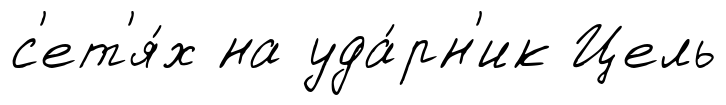
с'ет'я́х на уда́рн'ик Цель